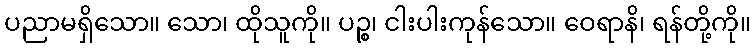
ပညာမရှိသော။ သော၊ ထိုသူကို။ ပဉ္စ၊ ငါးပါးကုန်သော။ ဝေရာနိ၊ ရန်တို့ကို။